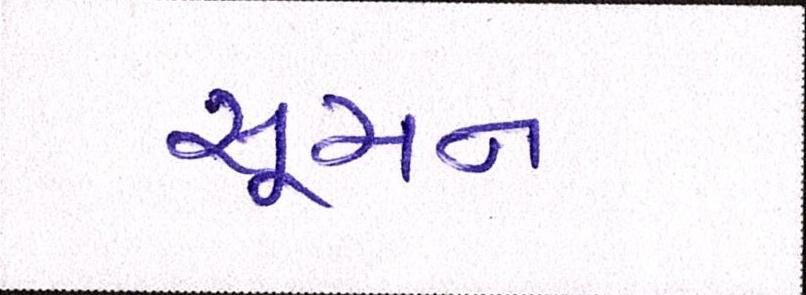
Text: સૂચન